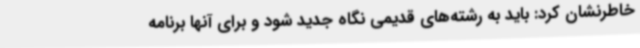
خاطرنشان کرد: باید به رشته‌های قدیمی نگاه جدید شود و برای آنها برنامه